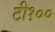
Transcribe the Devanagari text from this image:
टी१००